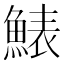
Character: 䱪